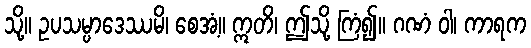
သို့။ ဥပသမ္ပာဒေဿမိ၊ စေအံ့။ ဣတိ၊ ဤသို့ ကြံ၍။ ဂဏံ ဝါ၊ ကာရက